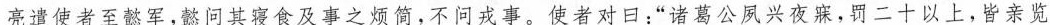
亮遣使者至懿军，懿问其寝食及事之烦简，不问戎事。使者对日：”诸葛公夙兴夜寐，罚二十以上，皆亲览